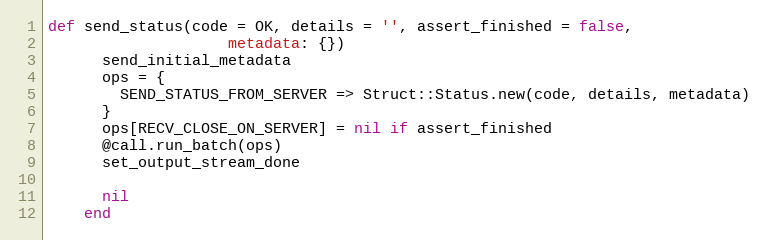
Language: Ruby
def send_status(code = OK, details = '', assert_finished = false,
                    metadata: {})
      send_initial_metadata
      ops = {
        SEND_STATUS_FROM_SERVER => Struct::Status.new(code, details, metadata)
      }
      ops[RECV_CLOSE_ON_SERVER] = nil if assert_finished
      @call.run_batch(ops)
      set_output_stream_done

      nil
    end